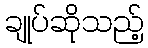
ချုပ်ဆိုသည့်